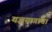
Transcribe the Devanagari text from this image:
यज्ञयागाचा